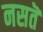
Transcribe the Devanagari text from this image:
नसतॆ